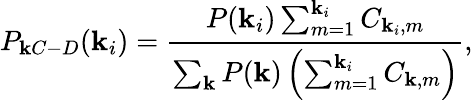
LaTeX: P_{\mathbf{k}C-D}(\mathbf{k}_{i})=\frac{{P(\mathbf{k}_{i})\sum_{m=1}^{\mathbf{k}_{i}}C_{\mathbf{k}_{i},m}}}{{\sum_{\mathbf{k}}P(\mathbf{k})\left(\sum_{m=1}^{\mathbf{k}_{i}}C_{\mathbf{k},m}\right)}},